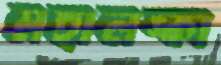
মহালঙ্কা